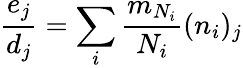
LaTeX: \frac{e_{j}}{d_{j}}=\sum_{i}\frac{m_{N_{i}}}{N_{i}}(n_{i})_{j}